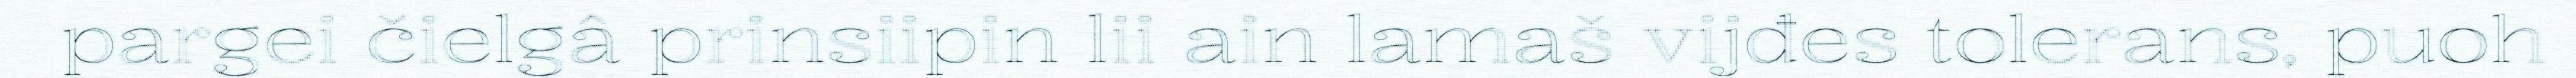
pargei čielgâ prinsiipin lii ain lamaš vijđes tolerans, puoh